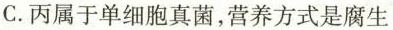
C.丙属于单细胞真菌，营养方式是腐生乙 丙